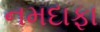
નમદાફા